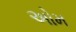
અોમ